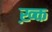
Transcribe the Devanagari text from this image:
ख़्क्त